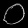
Digit: ၀